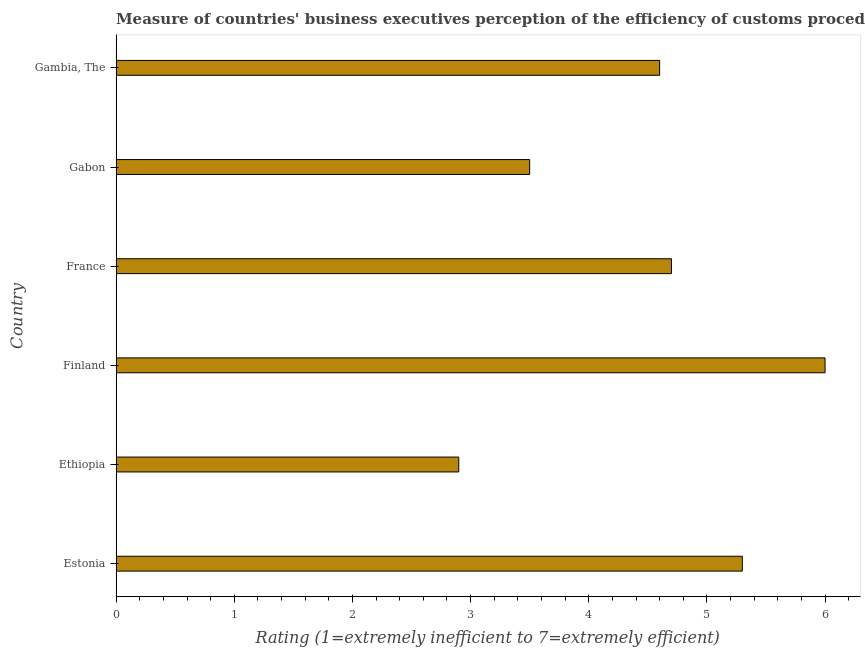
| Country | Burden of customs procedure |
 | --- | --- |
 | Estonia | 5.3 |
 | Ethiopia | 2.9 |
 | Finland | 6 |
 | France | 4.7 |
 | Gabon | 3.5 |
 | Gambia, The | 4.6 |